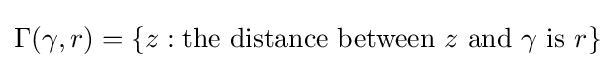
\Gamma (\gamma ,r)=\{z:{\text{the distance between }}z{\text{ and }}\gamma {\text{ is }}r\}